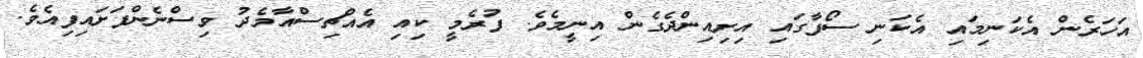
އަހަރެން އެކަނިމައި އެކަނި ސޯފާގައި އިށިއިންދެގެން އިނީމެވެ. ފުރެމީ ކިއި އެއްޗިސްއާމެދު ވިސްނެންފަށައިފިއެވެ.